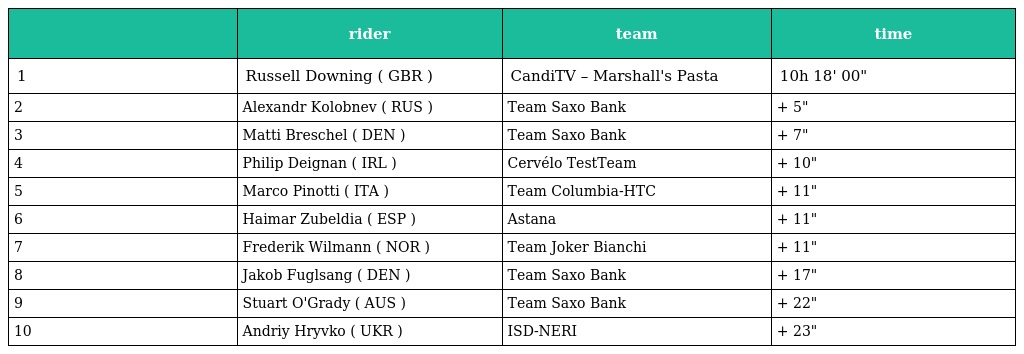
|  | rider | team | time |
 | --- | --- | --- | --- |
 | 1 | Russell Downing ( GBR ) | CandiTV – Marshall's Pasta | 10h 18' 00" |
 | 2 | Alexandr Kolobnev ( RUS ) | Team Saxo Bank | + 5" |
 | 3 | Matti Breschel ( DEN ) | Team Saxo Bank | + 7" |
 | 4 | Philip Deignan ( IRL ) | Cervélo TestTeam | + 10" |
 | 5 | Marco Pinotti ( ITA ) | Team Columbia-HTC | + 11" |
 | 6 | Haimar Zubeldia ( ESP ) | Astana | + 11" |
 | 7 | Frederik Wilmann ( NOR ) | Team Joker Bianchi | + 11" |
 | 8 | Jakob Fuglsang ( DEN ) | Team Saxo Bank | + 17" |
 | 9 | Stuart O'Grady ( AUS ) | Team Saxo Bank | + 22" |
 | 10 | Andriy Hryvko ( UKR ) | ISD-NERI | + 23" |